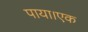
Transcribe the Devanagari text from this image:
पाया।एक